Veterinary [1916] -
Year: 1916
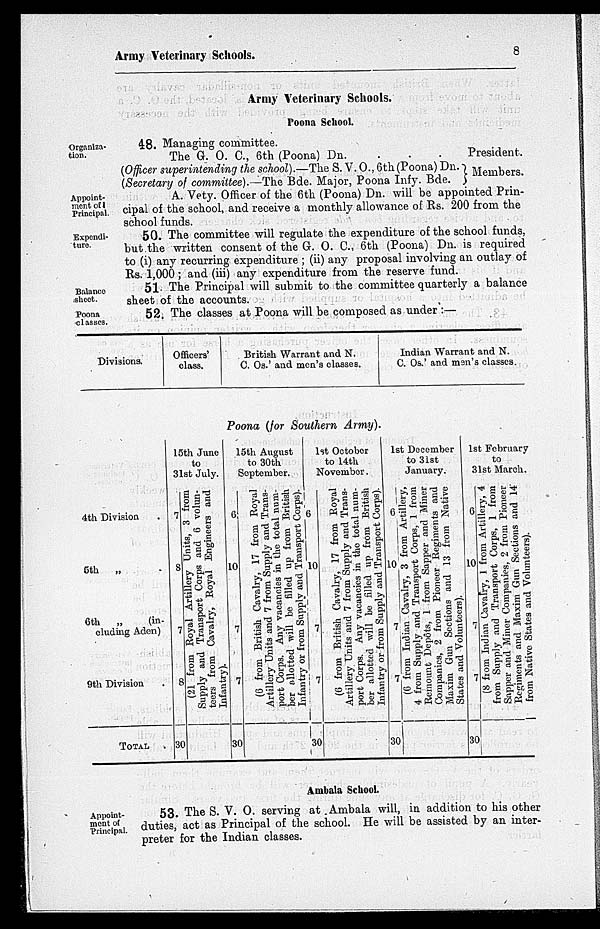
Army Veterinary Schools.
8
Army Veterinary Schools.
Poona School.
Organiza-
tion.
48. Managing committee.
The G. O. C., 6th (Poona) Dn.
.
.
.
President.
(Officer superintending the school).—The S. V. O., 6th (Poona) Dn.
(Secretary of committee).—The Bde. Major, Poona Infy. Bde.
Members.
Appoint-
ment of
Principal.
A. Vety. Officer of the 6th (Poona) Dn. will be appointed Prin-
cipal of the school, and receive a monthly allowance of Rs. 200 from the
school funds.
Expendi-
ture.
50. The committee will regulate the expenditure of the school funds,
but the written consent of the G. O. C., 6th (Poona) Dn. is required
to (i) any recurring expenditure ; (ii) any proposal involving an outlay of
Rs. 1,000; and (iii) any expenditure from the reserve fund.
Balance
sheet.
51. The Principal will submit to the committee quarterly a balance
sheet of the accounts.
Poona
classes.
52. The classes at Poona will be composed as under :—
Divisions.
Officers'
class.
British Warrant and N.
C. Os.' and men's classes.
Indian Warrant and N.
C. Os.' and men's classes.
Poona (for Southern Army).
4th Division .
5th
„ .
6th „ (in-
cluding Aden)
9th Division .
TOTAL .
15th June
to
31st July.
7
8
7
8
30
(21 from Royal Artillery Units, 3 from
Supply and Transport Corps and 6 volun-
teers from Cavalry, Royal Engineers and
Infantry).
15th August
September.
6.
10
7
7
30
(6
from British Cavalry, 17 from Royal
Artillery Units and 7 from Supply and Trans-
port Corps. Any vacancies in the total num-
ber allotted will be filled up from British
Infantry or from Supply and Transport Corps).
1st October
November.
6
10
7
7
30
(6 from British Cavalry, 17 from Royal
Artillery Units and 7 from Supply and Trans-
port Corps. Any vacancies in the total num-
ber allotted will be filled up from British
Infantry or from Supply and Transport Corps).
1st December
6
10
7
7
30
(6
from Indian Cavalry, 3 from Artillery,
4 from Supply and Transport Corps, 1 from
Remount Depôts,
1 from Sapper and Miner
Companies, 2 from Pioneer Regiments and
Maxim Gun Sections and 13 from Native
States and Volunteers).
1st February
31st March.
6
10
7
7
30
(8
from
Indian Cavalry,
1 from Artillery, 4
from Supply and Transport Corps, 1 from
Sapper and Miner Companies, 2 from Pioneer
Regiments and Maxim Gun Sections and 14
from Native States and Volunteers).
Ambala School.
Appoint-
ment of
Principal.
53. The S. V. O. serving at Ambala will, in addition to his other
duties, act as Principal of the school. He will be assisted by an inter-
preter for the Indian classes.